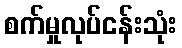
စက်မှုလုပ်ငန်းသုံး